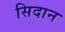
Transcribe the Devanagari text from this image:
सिदान